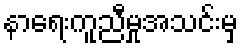
နာရေးကူညီမှုအသင်းမှ